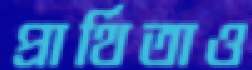
প্রার্থিতাও